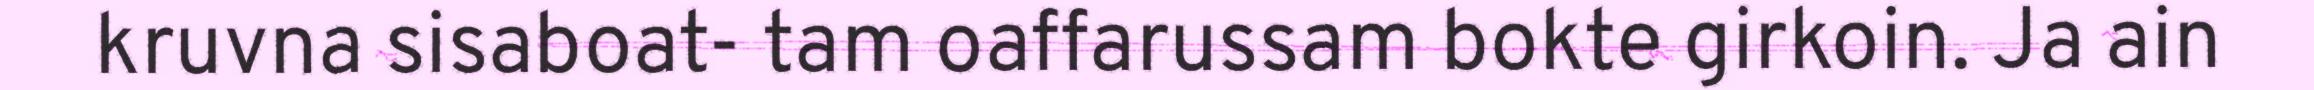
kruvna sisaboat- tam oaffarussam bokte girkoin. Ja ain